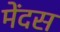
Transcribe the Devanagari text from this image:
मेंदस